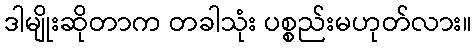
ဒါမျိုးဆိုတာက တခါသုံး ပစ္စည်းမဟုတ်လား။